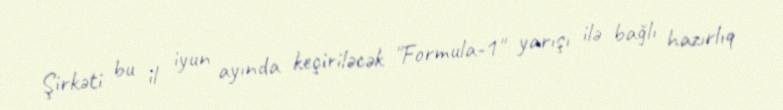
Şirkəti bu il iyun ayında keçiriləcək "Formula-1" yarışı ilə bağlı hazırlıq